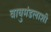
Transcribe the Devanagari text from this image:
वायुमंडलाशी